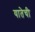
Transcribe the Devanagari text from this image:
यातेची